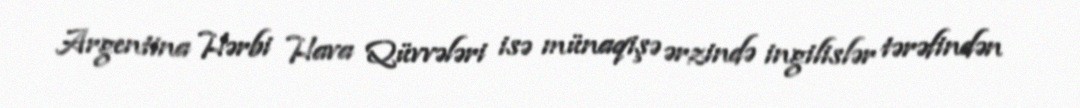
Argentina Hərbi Hava Qüvvələri isə münaqişə ərzində ingilislər tərəfindən